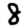
Digit: 8